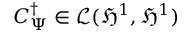
C _ { \Psi } ^ { \dag } \in \mathcal { L } ( \mathfrak { H } ^ { 1 } , \mathfrak { H } ^ { 1 } )